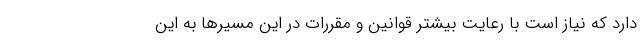
دارد که نیاز است با رعایت بیشتر قوانین و مقررات در این مسیرها به این